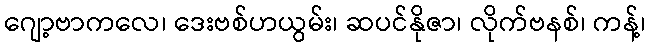
ဂျော့ဗာကလေ၊ ဒေးဗစ်ဟယွမ်း၊ ဆပင်နိုဇာ၊ လိုက်ဗနစ်၊ ကန့်၊